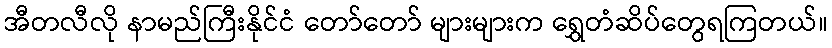
အီတလီလို နာမည်ကြီးနိုင်ငံ တော်တော် များများက ရွှေတံဆိပ်တွေရကြတယ်။